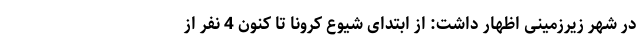
در شهر زیرزمینی اظهار داشت: از ابتدای شیوع کرونا تا کنون 4 نفر از